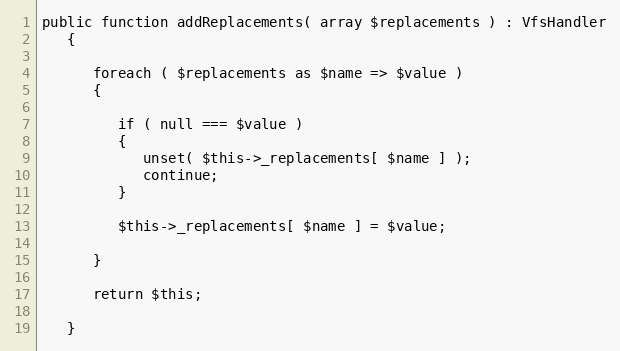
Language: PHP
public function addReplacements( array $replacements ) : VfsHandler
   {

      foreach ( $replacements as $name => $value )
      {

         if ( null === $value )
         {
            unset( $this->_replacements[ $name ] );
            continue;
         }

         $this->_replacements[ $name ] = $value;

      }

      return $this;

   }